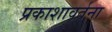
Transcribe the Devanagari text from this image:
प्रकाशावर्तना